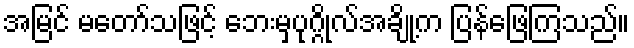
အမြင် မတော်သဖြင့် ဘေးမှပုဂ္ဂိုလ်အချို့က ပြန်ဖြေကြသည်။